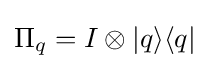
\Pi _{q}=I\otimes |q\rangle \langle q|